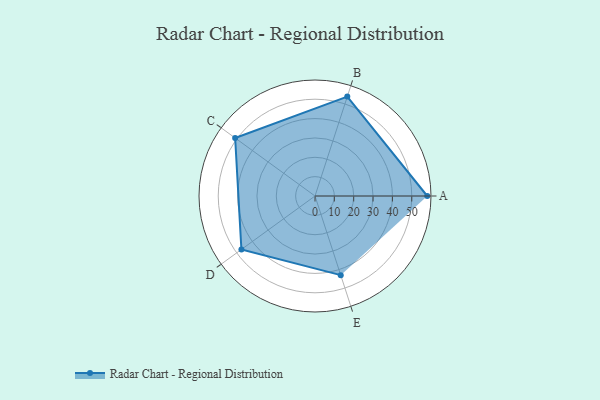
{"axis": {"x": "Skill", "y": "Score"}, "legend": ["Profile"], "data": [{"x": "A", "y": 58.0, "type": "Profile"}, {"x": "B", "y": 54.0, "type": "Profile"}, {"x": "C", "y": 51.0, "type": "Profile"}, {"x": "D", "y": 47.0, "type": "Profile"}, {"x": "E", "y": 43.0, "type": "Profile"}]}